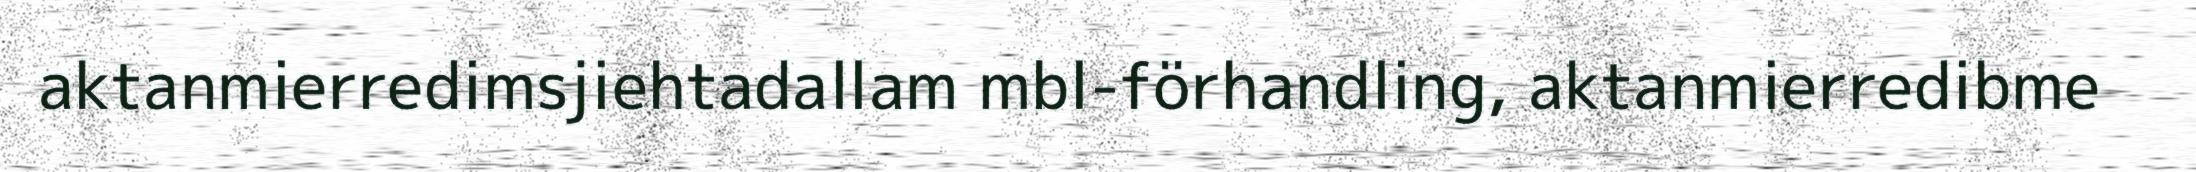
aktanmierredimsjiehtadallam mbl-förhandling, aktanmierredibme